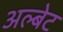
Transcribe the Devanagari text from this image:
अल्बेट